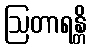
ဩတာရန္တိ